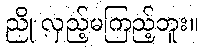
ညို လှည့်မကြည့်ဘူး။